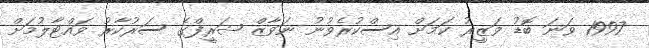
1997 ވަނަ ބޮޑު ވަޒީރު ކަމަށް އިސްކުރެވުނު ނަވާޒް ޝަރީފްގެ ސަރުކާރު ވައްޓާލުމަށް